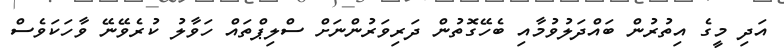
އަދި މީގެ އިތުރުން ބައްދަލުވުމާއި ބެހޭގޮތުން ދަރިވަރުންނަށް ސްލިޕްތައް ހަވާލު ކުރެވޭނޭ ވާހަކަވެސް